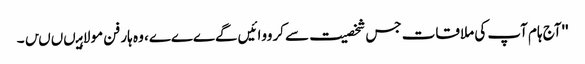
''آج ہام آپ کی ملاقات جس شخصیت سے کرووائیں گےےےے، وہ ہار فن مولا ہیںںںں۔